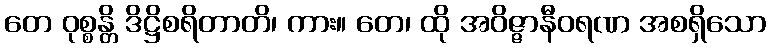
တေ ဝုစ္စန္တိ ဒိဋ္ဌိစရိတာတိ၊ ကား။ တေ၊ ထို အဝိဇ္ဇာနီဝရဏ အစရှိသော